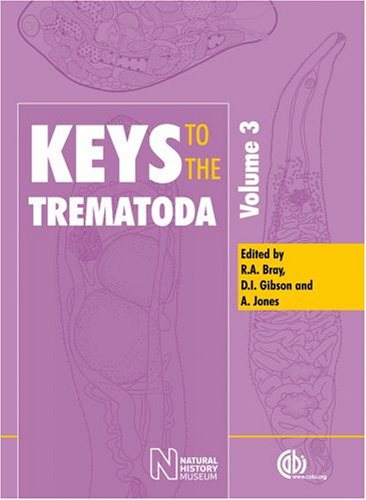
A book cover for Keys to the Trematoda (Cabi); Rodney A Bray; Medical Books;